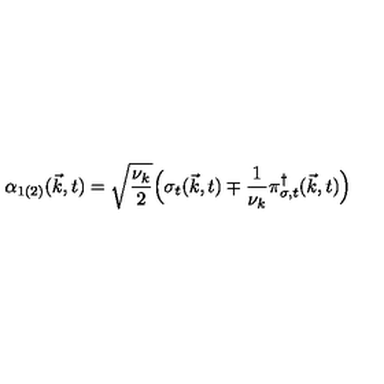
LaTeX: { \alpha } _ { 1 ( 2 ) } ( { \vec { k } } , t ) = \sqrt { \frac { { \nu } _ { k } } { 2 } } \Big ( { \sigma } _ { t } ( { \vec { k } } , t ) \mp \frac { 1 } { { \nu } _ { k } } { \pi } _ { { \sigma } , t } ^ { \dagger } ( { \vec { k } } , t ) \Big )